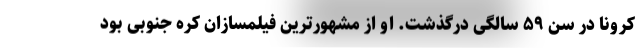
کرونا در سن ۵۹ سالگی درگذشت. او از مشهورترین فیلمسازان کره جنوبی بود